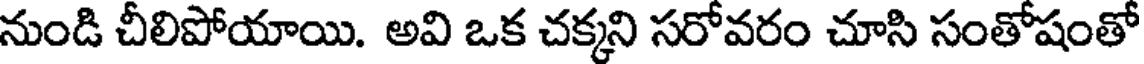
నుండి చీలిపోయాయి. అవి ఒక చక్కని సరోవరం చూసి సంతోషంతో